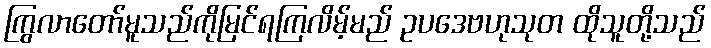
ကြွလာတော်မူသည်ကိုမြင်ရကြလိမ့်မည် ဥပဒေဗဟုသုတ ထိုသူတို့သည်